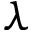
\lambda